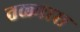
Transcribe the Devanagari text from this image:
तळ्यास